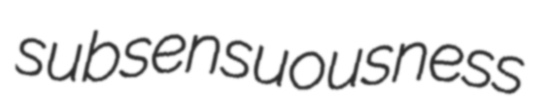
subsensuousness